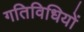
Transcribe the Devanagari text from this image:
गतिविधियों